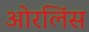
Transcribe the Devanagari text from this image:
ओरलिंस